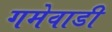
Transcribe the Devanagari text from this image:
गमेवाडी